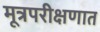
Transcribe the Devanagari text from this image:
मूत्रपरीक्षणात